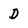
Character: D